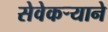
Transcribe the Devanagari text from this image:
सेवेकऱ्याने